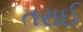
તરાઈ